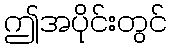
ဤအပိုင်းတွင်